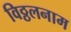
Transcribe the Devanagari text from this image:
विठ्ठलनाम